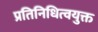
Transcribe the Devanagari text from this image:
प्रतिनिधित्वयुक्त